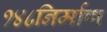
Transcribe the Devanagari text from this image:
१४८निर्माण